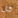
كل